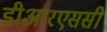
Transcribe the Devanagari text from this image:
डीआरएससी